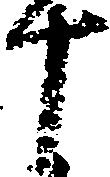
十